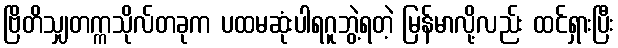
ဗြိတိသျှတက္ကသိုလ်တခုက ပထမဆုံးပါရဂူဘွဲ့ရတဲ့ မြန်မာလို့လည်း ထင်ရှားပြီး